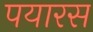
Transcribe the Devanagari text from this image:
पयारस